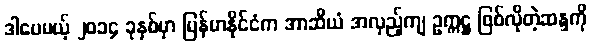
ဒါပေမယ့် ၂၀၁၄ ခုနှစ်မှာ မြန်မာနိုင်ငံက အာဆီယံ အလှည့်ကျ ဥက္ကဋ္ဌ ဖြစ်လိုတဲ့ဆန္ဒကို